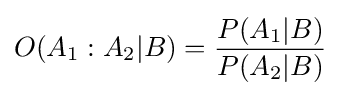
O(A_{1}:A_{2}\vert B)={\frac {P(A_{1}\vert B)}{P(A_{2}\vert B)}}